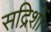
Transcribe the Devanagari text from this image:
सद्रिशों